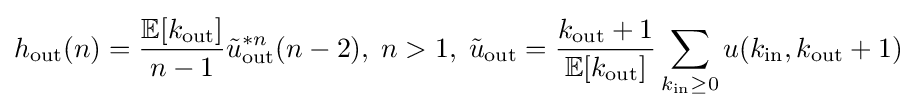
h_{\text{out}}(n)={\frac {\mathbb {E} [k_{\text{out}}]}{n-1}}{\tilde {u}}_{\text{out}}^{*n}(n-2),\;n>1,\;{\tilde {u}}_{\text{out}}={\frac {k_{\text{out}}+1}{\mathbb {E} [k_{\text{out}}]}}\sum \limits _{k_{\text{in}}\geq 0}u(k_{\text{in}},k_{\text{out}}+1)